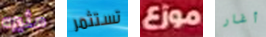
مثيره تستثمر موزع أغار